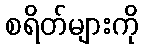
စရိတ်များကို